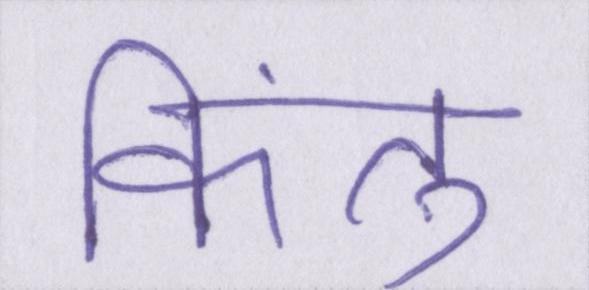
किंतु